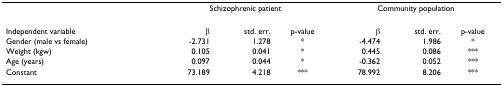
<table><thead><tr><td></td><td colspan="3"><b>Schizophrenic patient</b></td><td colspan="3"><b>Community population</b></td></tr></thead><tbody><tr><td>Independent variable</td><td>β</td><td>std. err.</td><td>p-value</td><td>β</td><td>std. err.</td><td>p-value</td></tr><tr><td>Gender (male vs female)</td><td>-2.731</td><td>1.278</td><td>*</td><td>-4.474</td><td>1.986</td><td>*</td></tr><tr><td>Weight (kgw)</td><td>0.105</td><td>0.041</td><td>*</td><td>0.445</td><td>0.086</td><td>***</td></tr><tr><td>Age (years)</td><td>0.097</td><td>0.044</td><td>*</td><td>-0.362</td><td>0.052</td><td>***</td></tr><tr><td>Constant</td><td>73.189</td><td>4.218</td><td>***</td><td>78.992</td><td>8.206</td><td>***</td></tr></tbody></table>